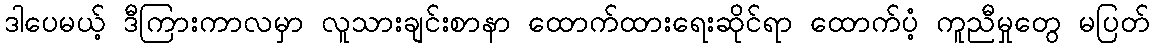
ဒါပေမယ့် ဒီကြားကာလမှာ လူသားချင်းစာနာ ထောက်ထားရေးဆိုင်ရာ ထောက်ပံ့ ကူညီမှုတွေ မပြတ်